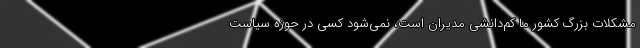
مشکلات بزرگ کشور ما ‌‌کم‌دانشی مدیران است، نمی‌شود کسی در حوزه سیاست